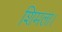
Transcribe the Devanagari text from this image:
शिमला।